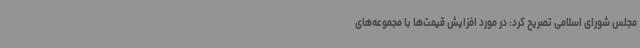
مجلس شورای اسلامی تصریح کرد: در مورد افزایش قیمت‌ها با مجموعه‌های